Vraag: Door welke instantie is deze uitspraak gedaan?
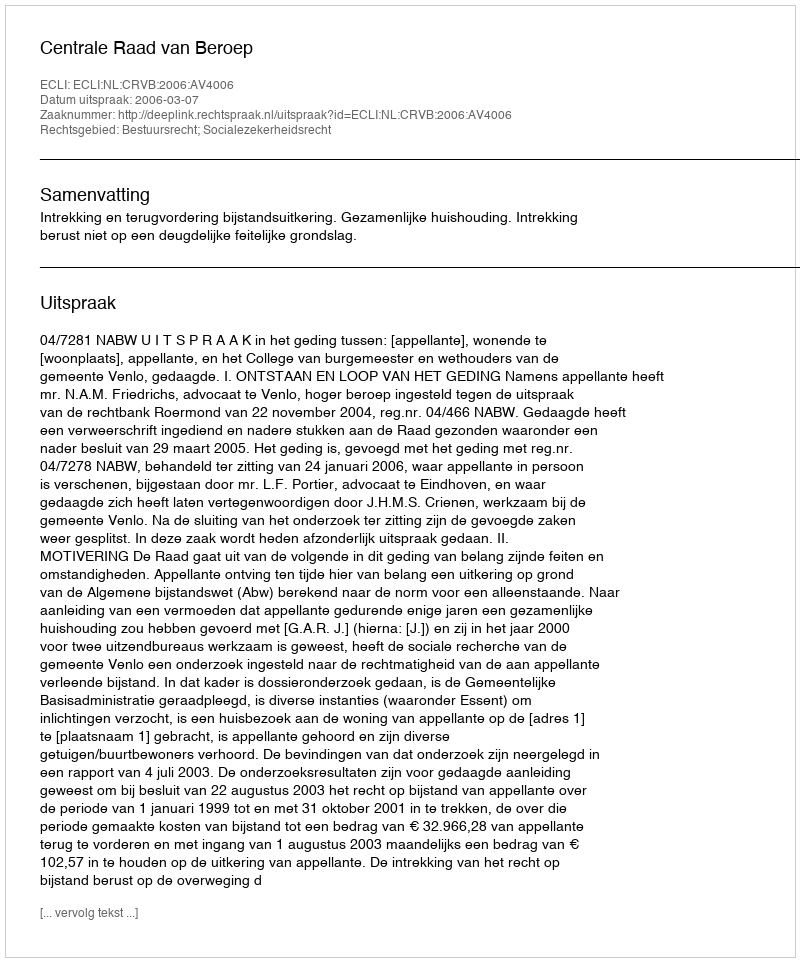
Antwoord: Centrale Raad van Beroep